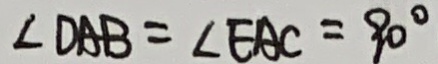
\angle D A B = \angle E A C = 9 0 ^ { \circ }